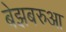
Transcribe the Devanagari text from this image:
बेझबरुआ